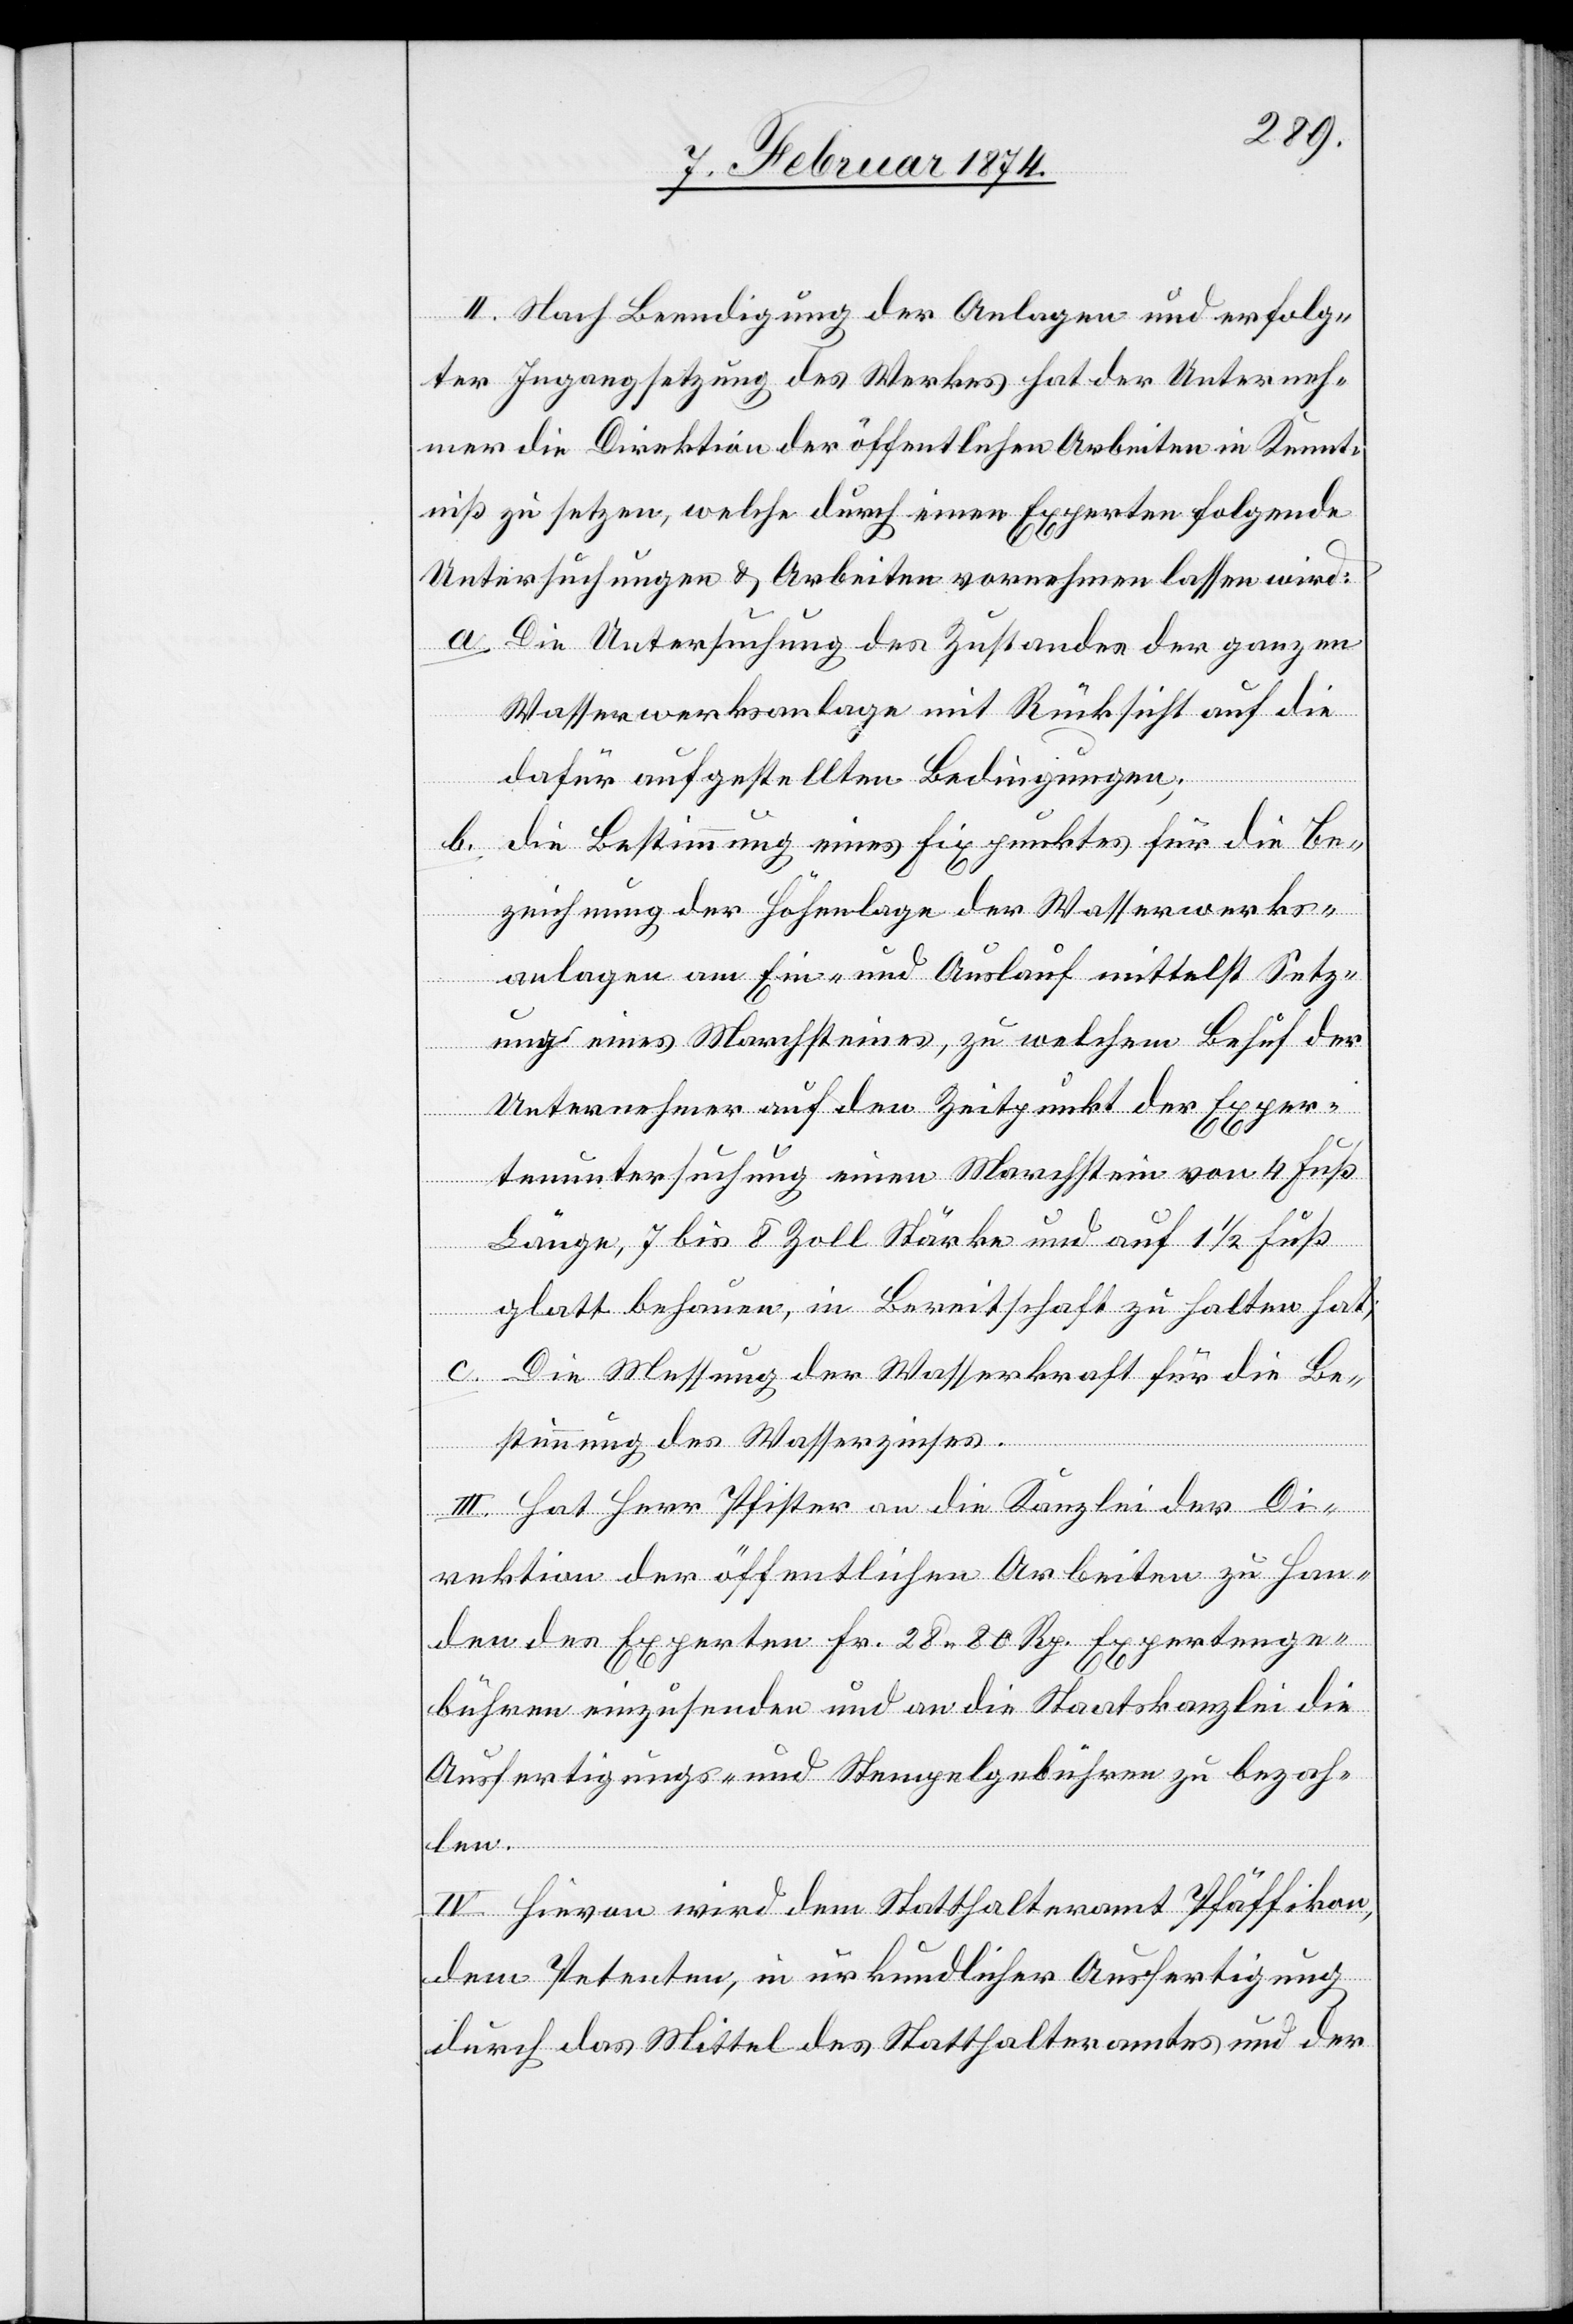
II. Nach Beendigung der Anlagen und erfolg¬
ter Ingangsetzung des Werkes hat der Unterneh¬
mer die Direktion der öffentlichen Arbeiten in Kennt¬
niß zu setzen, welche durch einen Experten folgende
Untersuchungen u. Arbeiten vornehmen lassen wird:
a.
Die Untersuchung des Zustandes der ganzen
Wasserwerksanlage mit Rücksicht auf die
dafür aufgestellten Bedingungen;
b. die Bestimmung eines Fixpunktes für die Be¬
zeichnung der Höhenlage der Wasserwerks¬
anlage am Ein- und Auslauf mittelst Setz¬
ung eines Marchsteines, zu welchem Behuf der
Unternehmer auf den Zeitpunkt der Exper¬
tenuntersuchung einen Marchstein von 4 Fuß
Länge, 7 bis 8 Zoll Stärke und auf 1 1/2 Fuß
glatt behauen, in Bereitschaft zu halten hat;
c. Die Messung der Wasserkraft für die Be¬
stimmung des Wasserzinses.
III. Hat Herr Pfister an die Kanzlei bei der Di¬
rektion der öffentlichen Arbeiten zu Han¬
den des Experten Fr. 28.80 Rp. Expertenge¬
bühren einzusenden und an die Staatskanzlei die
Ausfertigungs- und Stempelgebühren zu bezah¬
len.
IV. Hievon wird dem Statthalteramt Pfäffikon,
dem Petenten, in urkundlicher Ausfertigung
durch das Mittel des Statthalteramtes und der